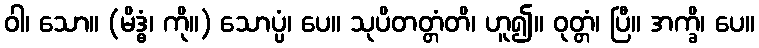
ဝါ၊ သော။ (မိဒ္ဓံ၊ ကို။) သောပ္ပံ၊ ပေ။ သုပိတတ္တံတိ၊ ဟူ၍။ ဝုတ္တံ၊ ပြီ။ အက္ခိ၊ ပေ။